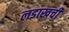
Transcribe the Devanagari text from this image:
लडाखची